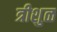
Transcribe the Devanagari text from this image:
त्रीशुळ